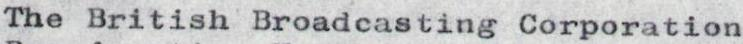
The British Broadcasting Corporation